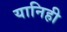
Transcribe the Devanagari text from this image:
यानिही